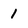
Character: 1